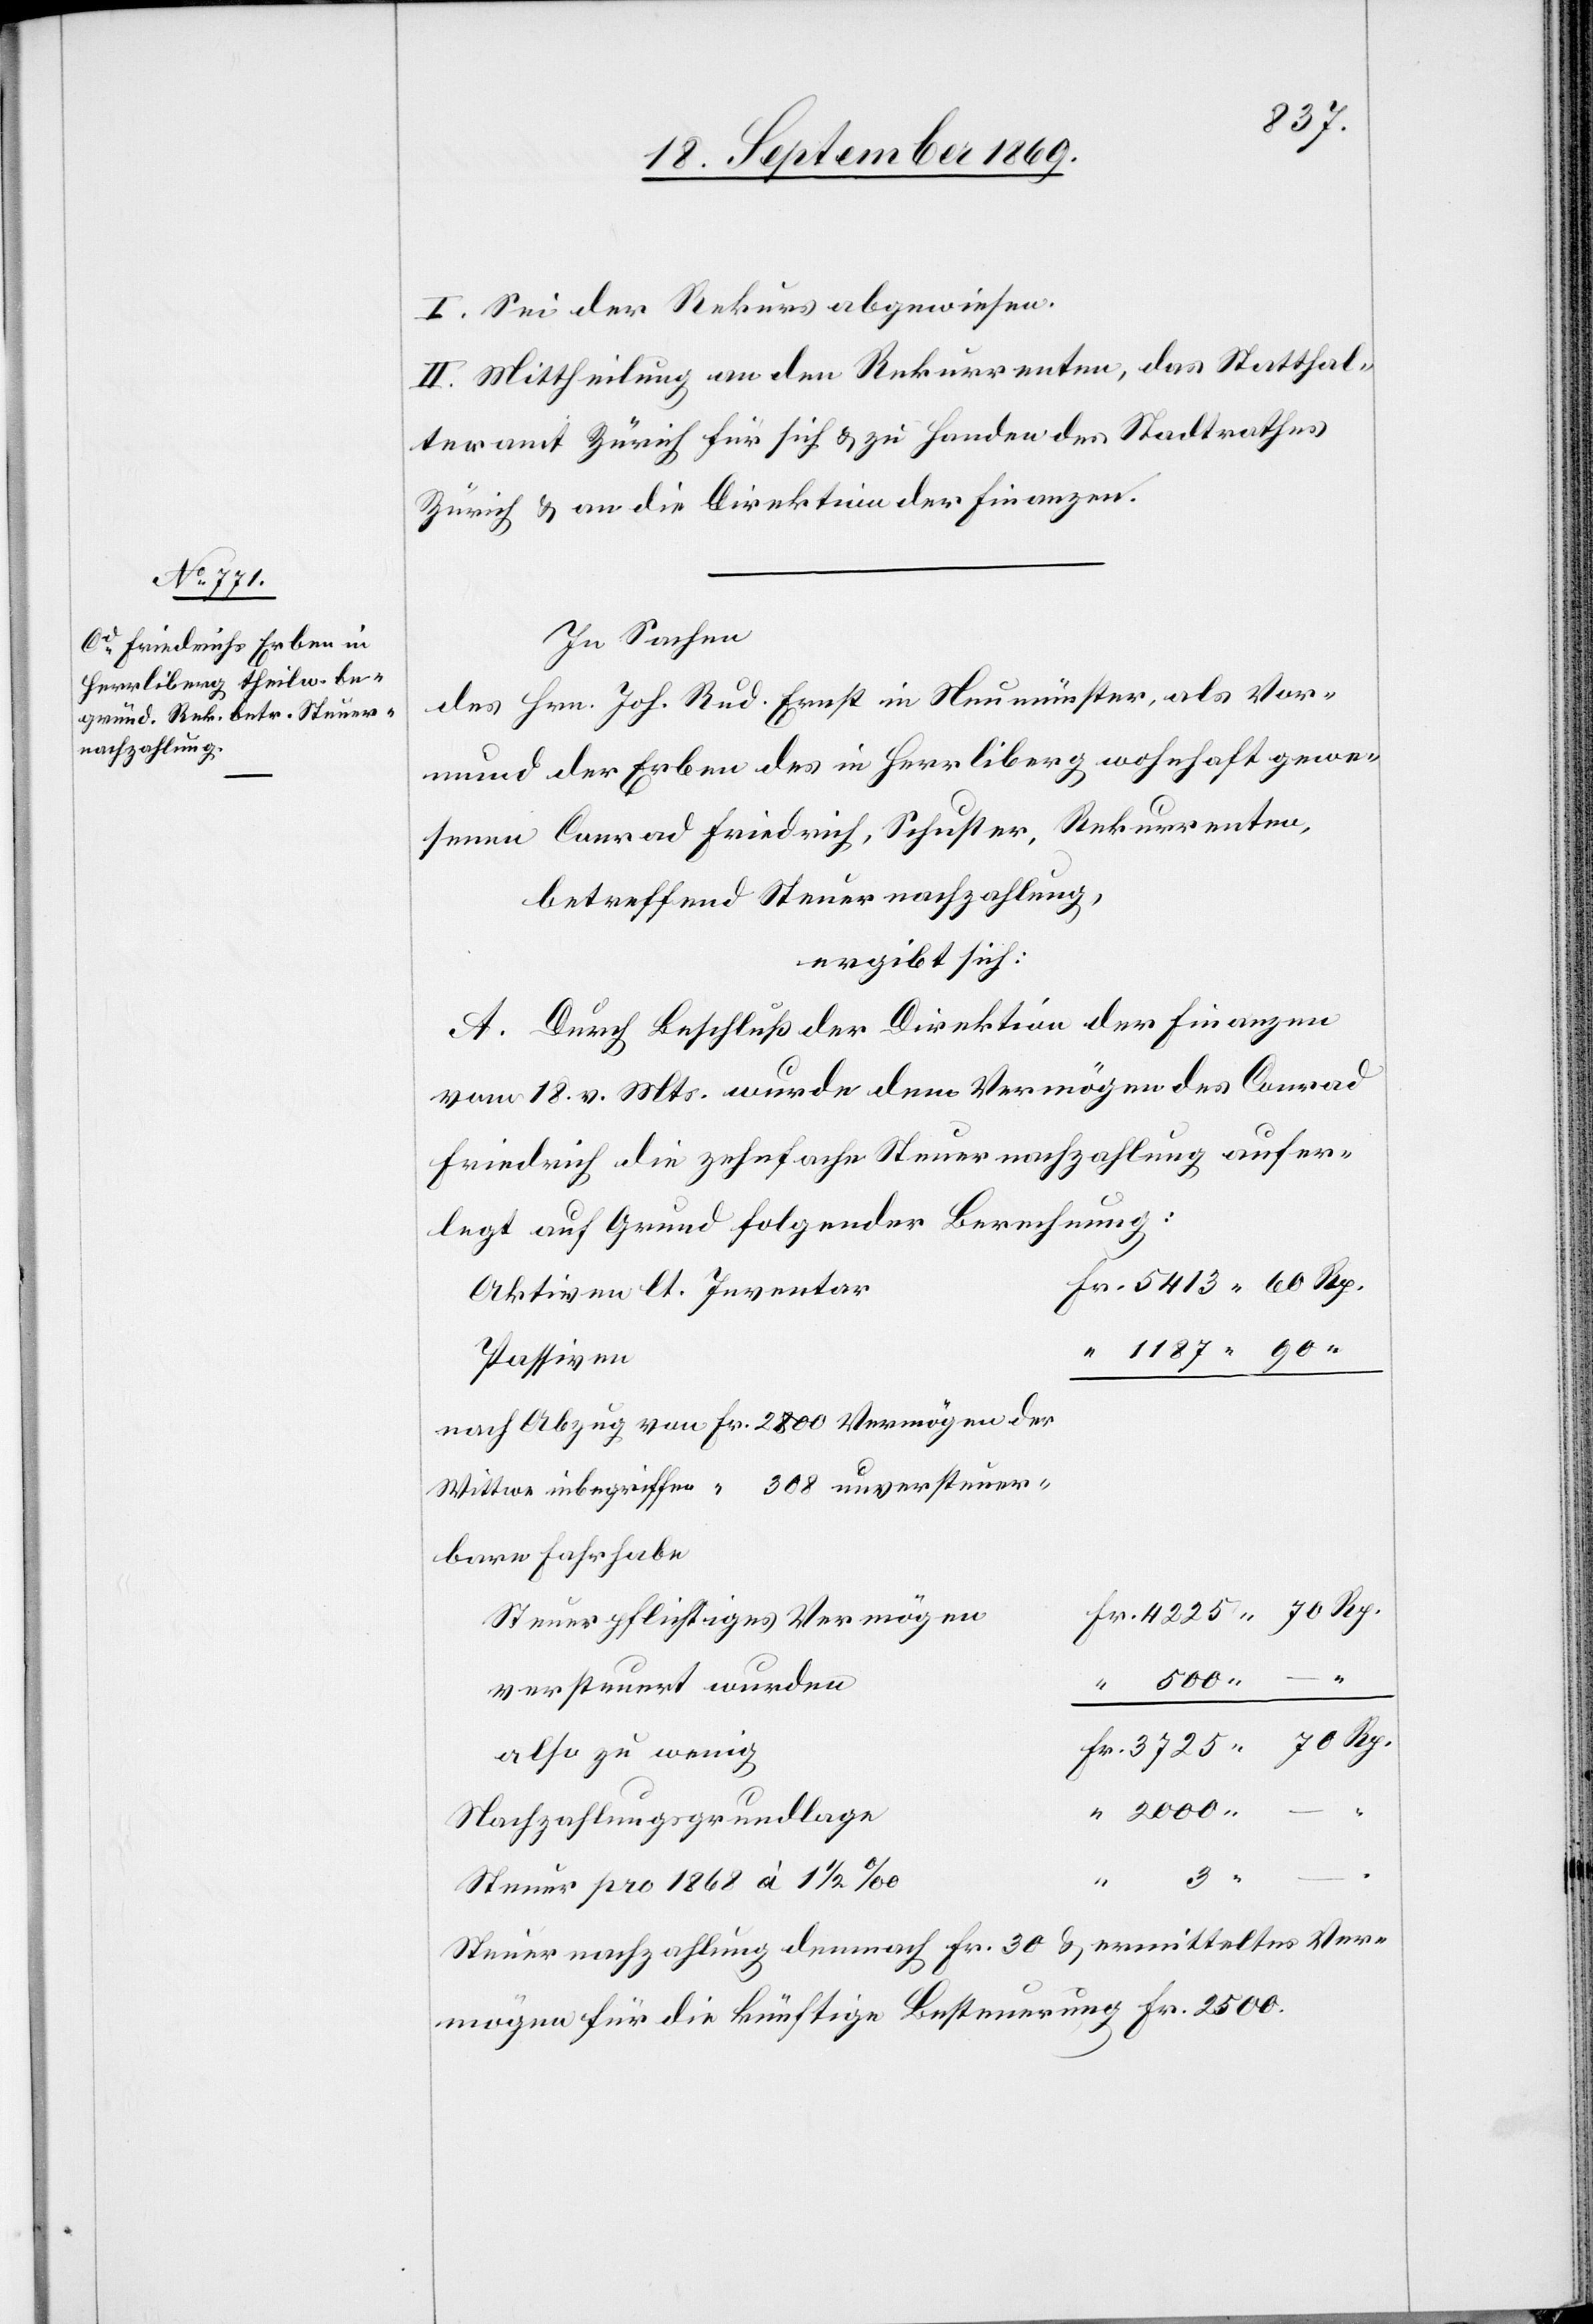
3725 70
I. Sei der Rekurs abgewiesen.
II. Mittheilung an den Rekurrenten, das Statthal¬
teramt Zürich für sich & zu Handen des Stadtrathes
Zürich & an die Direktion der Finanzen.
In Sachen
des Hrn. Joh. Rud. Ernst in Neumünster, als Vor¬
mund der Erben des in Herrliberg wohnhaft gewe¬
senen Conrad Friedrich, Schuster, Rekurrenten,
betreffend Steuernachzahlung,
ergibt sich:
A. Durch Beschluß der Direktion der Finanzen
vom 18. v. Mts. wurde dem Vermögen des Conrad
Friedrich die zehnfache Steuernachzahlung aufer¬
legt auf Grund folgender Berechnung:
Aktiven lt. Inventar
Passiven
nach Abzug von Fr. 2800 Vermögen der
Wittwe inbegriffen “ 308 unversteuer¬
bare Fahrhabe
Steuerpflichtiges Vermögen
versteuert wurden
also zu wenig
Nachzahlungsgrundlage
3 –
“
Steuer pro 1868 à 1 1/2‰
Steuernachzahlung demnach Fr. 30 & ermitteltes Ver¬
mögen für die künftige Besteuerung Fr. 2500.